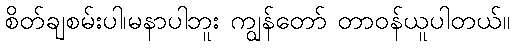
စိတ်ချစမ်းပါ၊မနာပါဘူး ကျွန်တော် တာဝန်ယူပါတယ်။